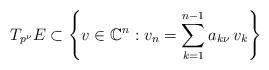
LaTeX: \begin{align*}T_{p^\nu} E \subset \left\{v \in \mathbb C^n : v_n = \sum_{k=1}^{n-1} a_{k\nu}\,v_{k} \right\}\end{align*}